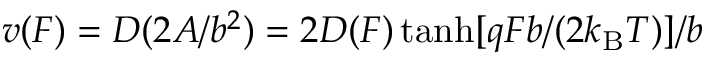
v ( F ) = D ( 2 A / b ^ { 2 } ) = 2 D ( F ) \operatorname { t a n h } [ q F b / ( 2 k _ { \mathrm { B } } T ) ] / b